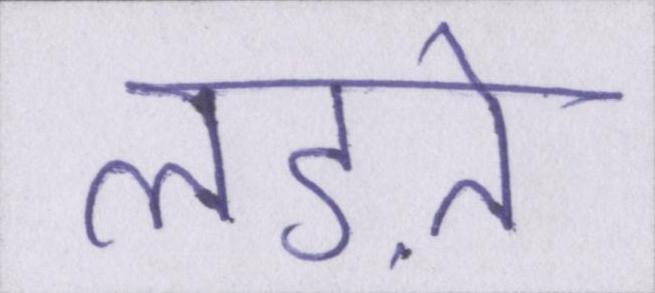
लड़ते